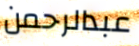
عبدالرحمن